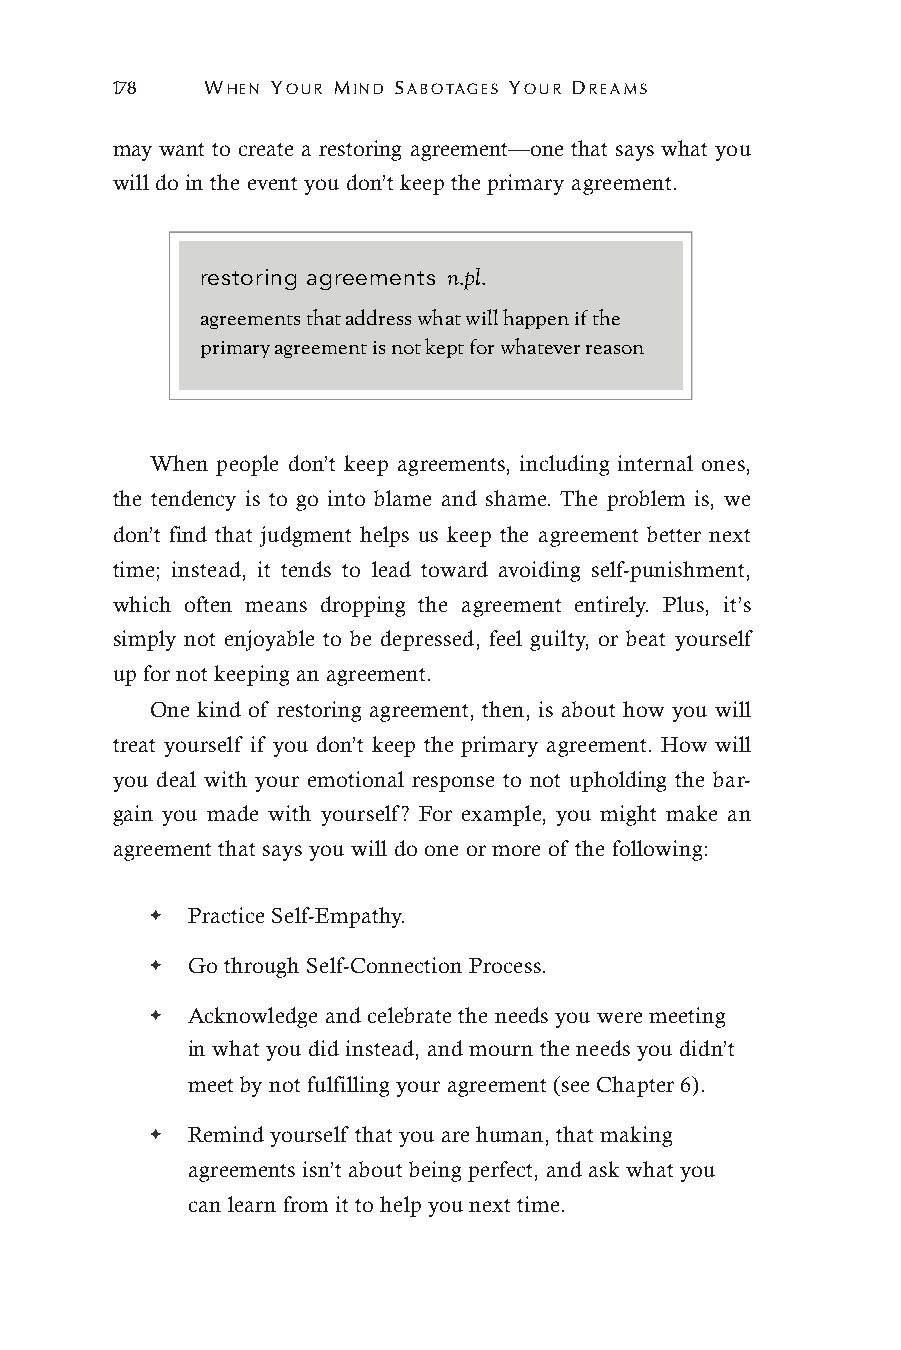
178   WHEN YOUR MIND SABOTAGES YOUR DREAMS
 may want to create a restoring agreement—one that says what you
 will do in the event you don’t keep the primary agreement.
 restoring agreements n.pl.
 agreements that address what will happen if the
 primary agreement is not kept for whatever reason
 When people don’t keep agreements, including internal ones,
 the tendency is to go into blame and shame. The problem is, we
 don’t find that judgment helps us keep the agreement better next
 time; instead, it tends to lead toward avoiding self-punishment,
 which often means dropping the agreement entirely. Plus, it’s
 simply not enjoyable to be depressed, feel guilty, or beat yourself
 up for not keeping an agreement.
 One kind of restoring agreement, then, is about how you will
 treat yourself if you don’t keep the primary agreement. How will
 you deal with your emotional response to not upholding the bar-
 gain you made with yourself? For example, you might make an
 agreement that says you will do one or more of the following:
 ✦ Practice Self-Empathy.
 ✦ Go through Self-Connection Process.
 ✦ Acknowledge and celebrate the needs you were meeting
 in what you did instead, and mourn the needs you didn’t
 meet by not fulfilling your agreement (see Chapter 6).
 ✦ Remind yourself that you are human, that making
 agreements isn’t about being perfect, and ask what you
 can learn from it to help you next time.